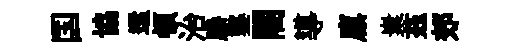
国協還頓治縢鑿闍導廪嶪茲郊